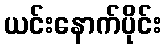
ယင်းနောက်ပိုင်း